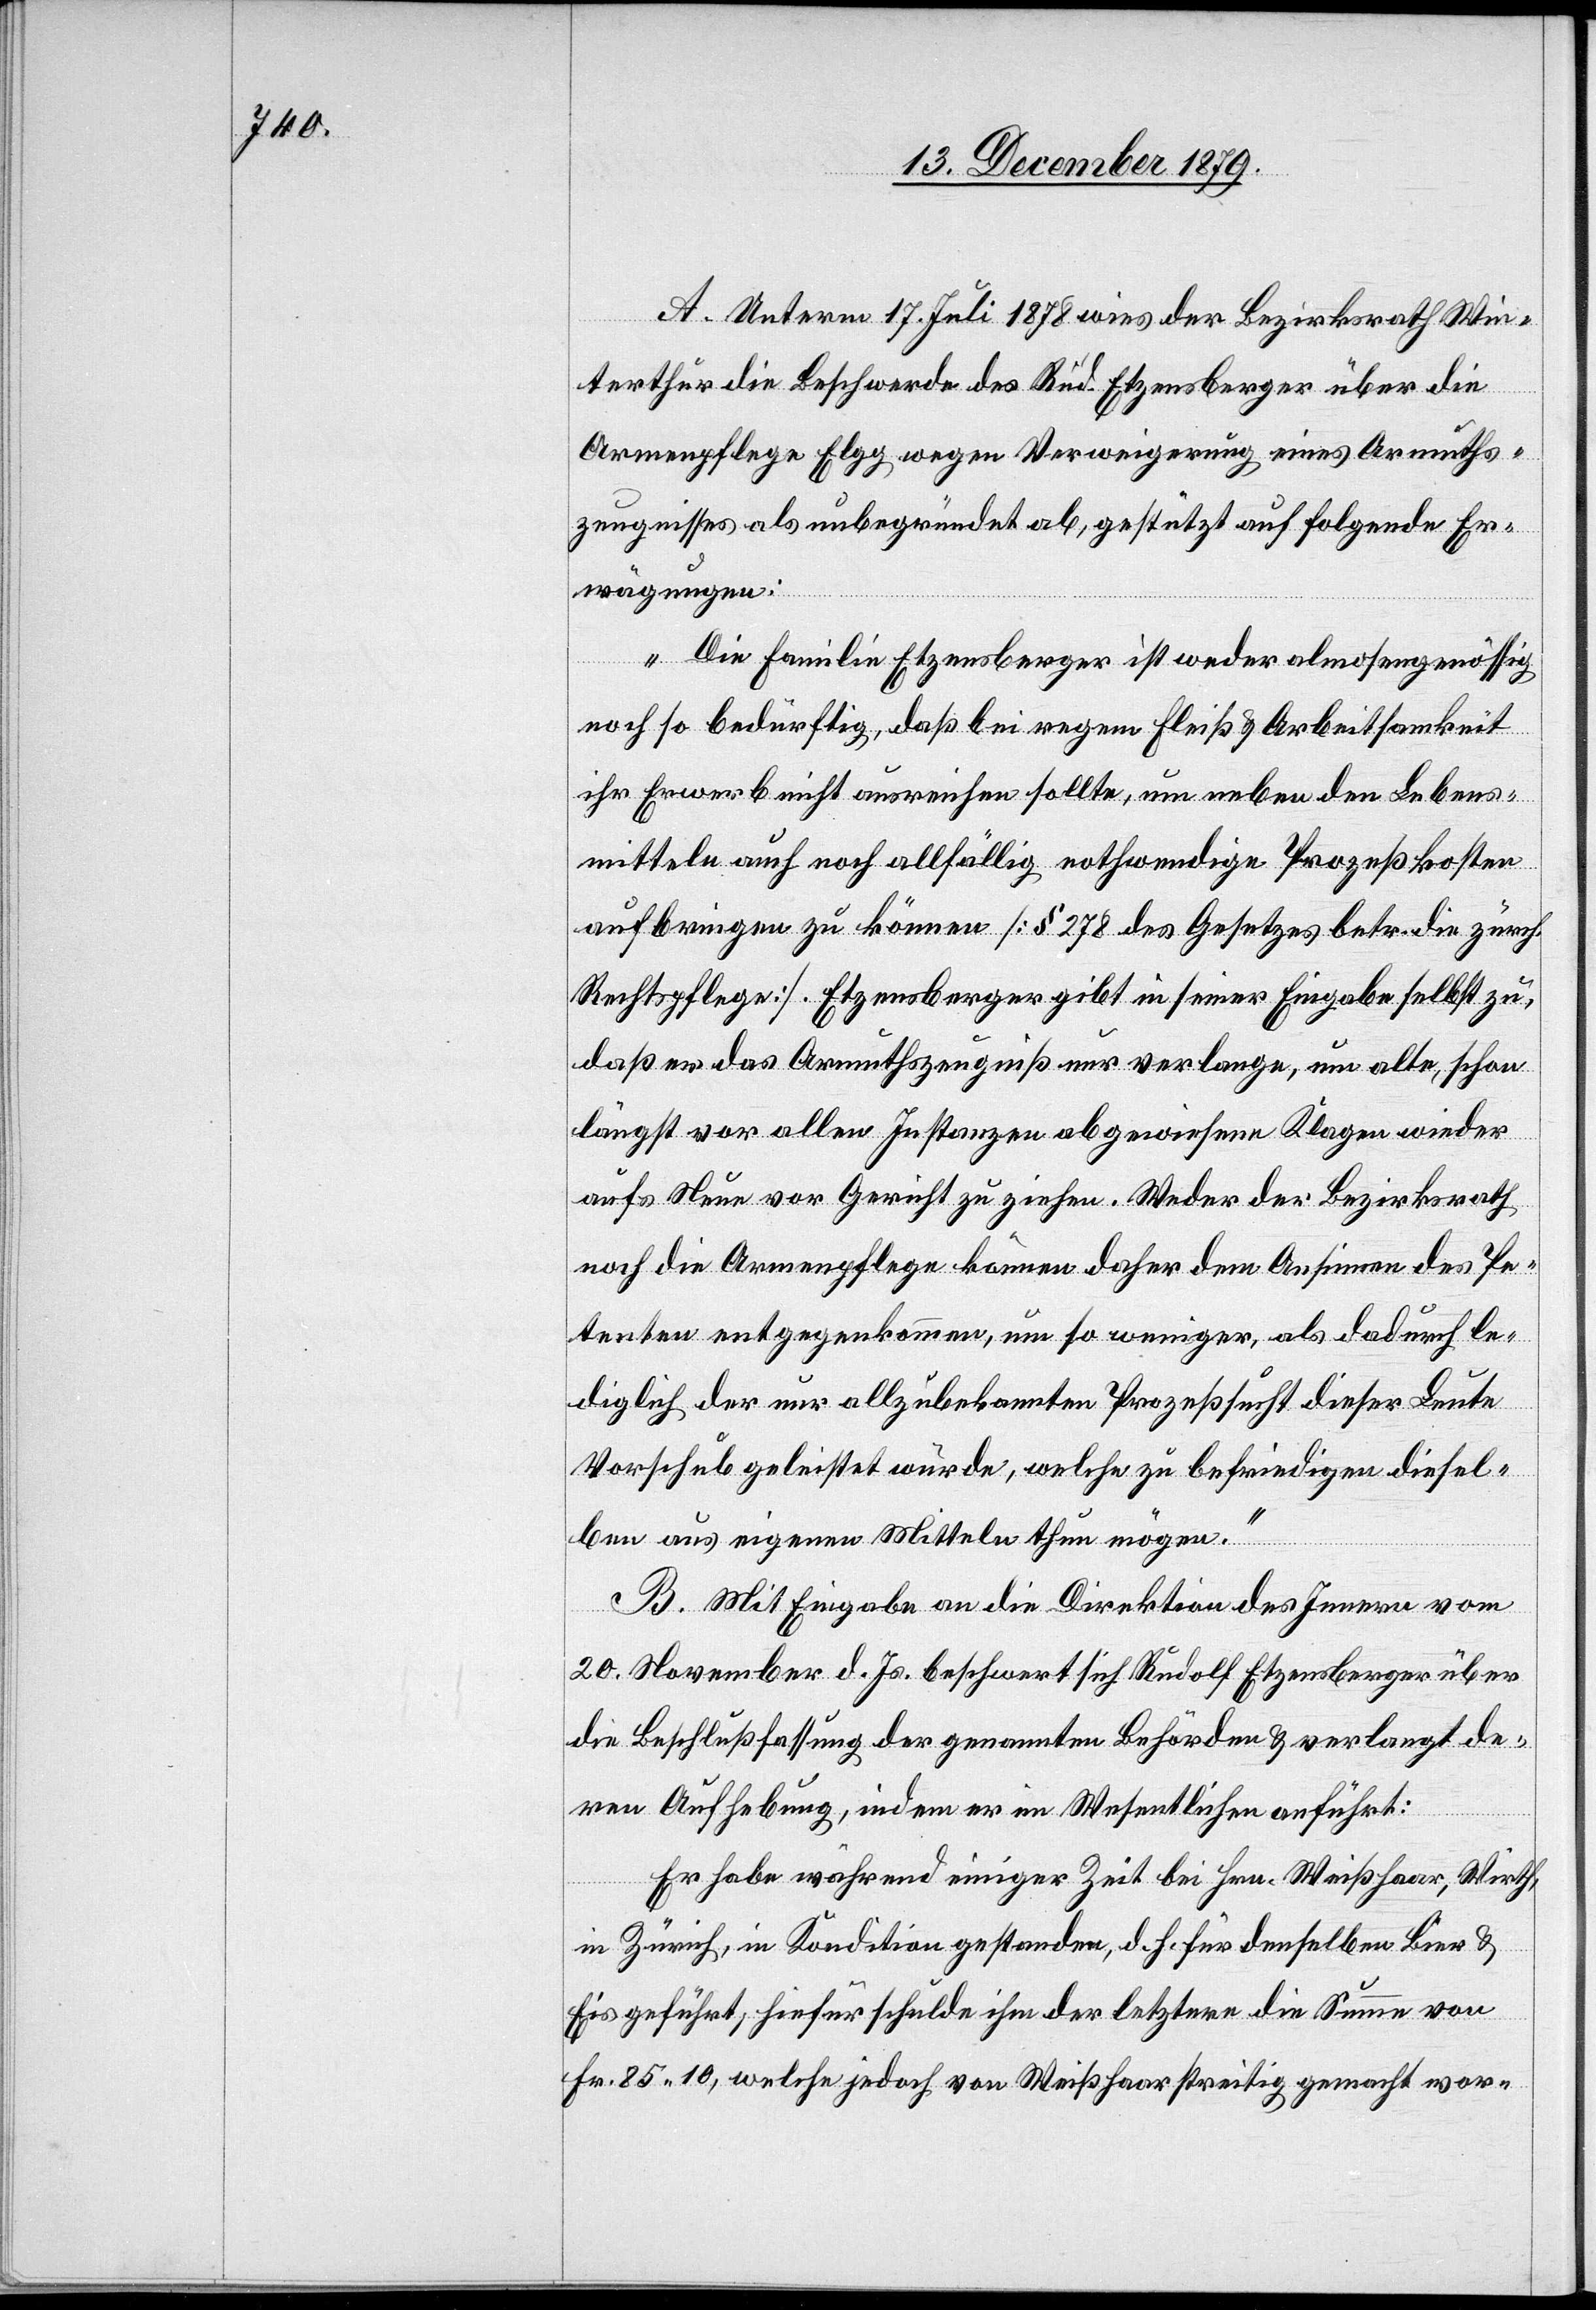
A. Unterm 17. Juli 1878 wies der Bezirksrath Win¬
terthur die Beschwerde des Rud. Etzensberger über die
Armenpflege Elgg wegen Verweigerung eines Armuths¬
zeugnisses als unbegründet ab, gestützt auf folgende Er¬
wägungen:
„Die Familie Etzensberger ist weder almosengenössig
noch so bedürftig, daß bei regem Fleiß & Arbeitsamkeit
ihr Erwerb nicht ausreichen sollte, um neben den Lebens¬
mitteln auch noch allfällig nothwendige Prozeßkosten
aufbringen zu können [§ 278 des Gesetzes betr. die zürch.
Rechtspflege]. Etzensberger gibt in seiner Eingabe selbst zu,
daß er das Armuthszeugniß nur verlange, um alte, schon
längst vor allen Instanzen abgewiesene Klagen wieder
aufs Neue vor Gericht zu ziehen. Weder der Bezirksrath
noch die Armenpflege können daher dem Ansinnen des Pe¬
tenten entgegenkommen, um so weniger, als dadurch le¬
diglich der nur allzubekannten Prozeßsucht dieser Leute
Vorschub geleistet würde, welche zu befriedigen diesel¬
ben aus eigenen Mittel thun mögen.“
B. Mit Eingabe an die Direktion des Innern vom
20. November d. Js. beschwert sich Rudolf Etzensberger über
die Beschlußfassung der genannten Behörden & verlangt de¬
ren Aufhebung, indem er im Wesentlichen anführt:
Er habe während einiger Zeit bei Hrn. Weißhaar, Wirth,
in Zürich, in Konditionen gestanden, d. h. für denselben Bier &
Eis geführt, hiefür schulde ihm der letztere die Summe von
Fr. 85 10, welche jedoch von Weißhaar streitig gemacht wor-